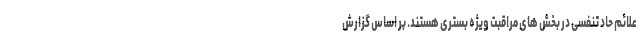
علائم حاد تنفسی در بخش های مراقبت ویژه بستری هستند. بر اساس گزارش